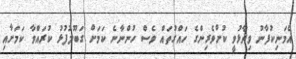
އެމަނިކުފާނު ވިދާޅުވީ ކުށްވެރިިންގެ ހައްގުތައް ވެސް ހުންނާނެ ކަމަށް ގަބޫލުފުޅު ކުރައްވާ ކަމަށާއި